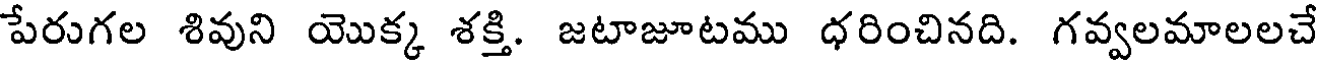
పేరుగల శివుని యొక్క శక్తి. జటాజూటము ధరించినది. గవ్వలమాలలచే